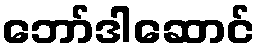
ဘော်ဒါဆောင်